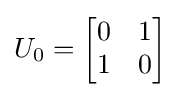
U_{0}={\begin{bmatrix}0&1\\1&0\end{bmatrix}}